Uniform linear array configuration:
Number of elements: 8
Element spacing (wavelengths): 1
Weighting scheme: blackman
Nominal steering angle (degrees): -15
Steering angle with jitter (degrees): -13.027
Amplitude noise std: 0.05
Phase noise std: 0.05

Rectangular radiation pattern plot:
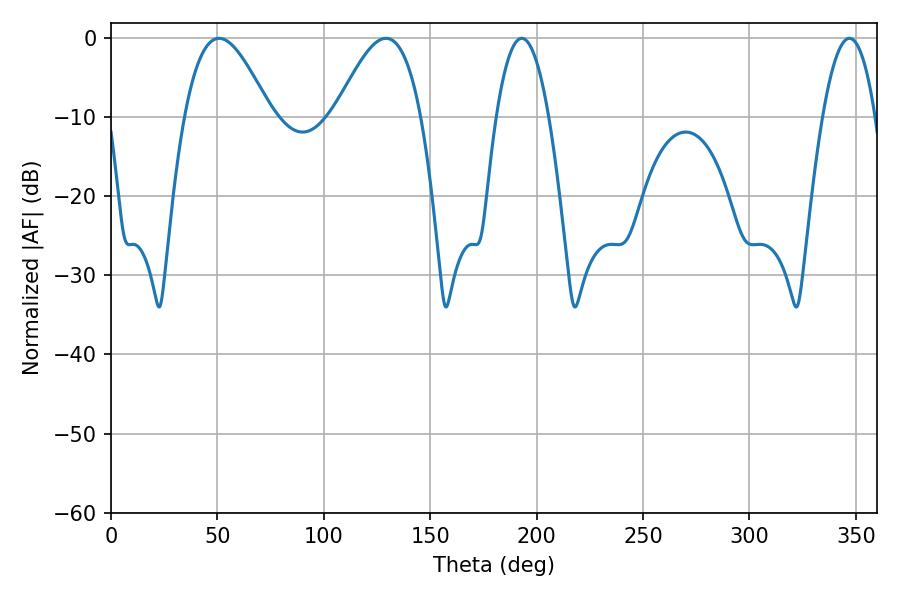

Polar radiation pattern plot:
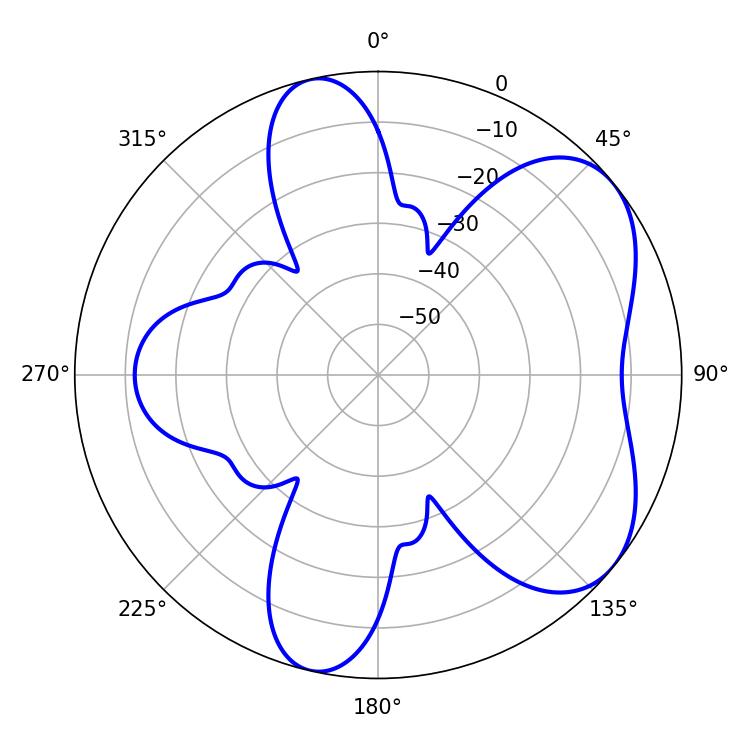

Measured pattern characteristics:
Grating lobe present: TRUE
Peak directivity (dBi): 5.704
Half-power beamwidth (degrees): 21.78
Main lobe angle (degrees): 50.76